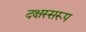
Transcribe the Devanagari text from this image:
दक्षस्सरूप